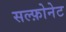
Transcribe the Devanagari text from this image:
सल्फ़ोनेट